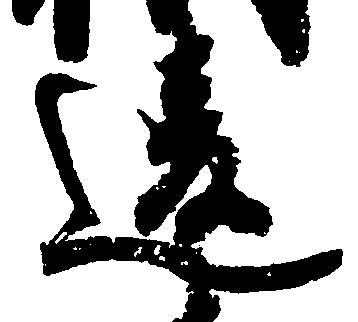
違